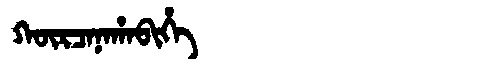
Manchu: ᡴᡡᡵᠴᠠᠨᠠᡥᠠᠪᡳᡥᡝ
Romanization: KŪRCANAHABIHE